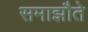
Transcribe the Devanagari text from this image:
समाझौते